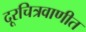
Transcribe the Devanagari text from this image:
दूरचित्रवाणीत